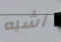
اشبه